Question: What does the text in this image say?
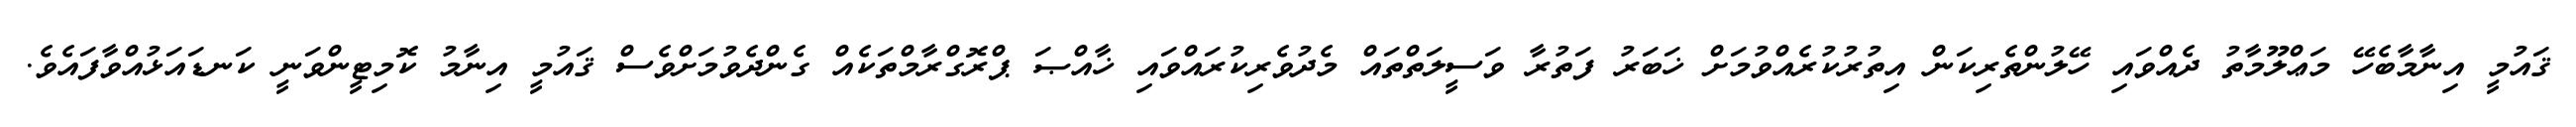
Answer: ޤައުމީ އިނާމާބެހޭ މަޢްލޫމާތު ދެއްވައި ހޭލުންތެރިކަން އިތުރުކުރެއްވުމަށް ޚަބަރު ފަތުރާ ވަސީލަތްތައް މެދުވެރިކުރައްވައި ޚާއްޞަ ޕްރޮގްރާމްތަކެއް ގެންދެވުމަށްވެސް ޤައުމީ އިނާމު ކޮމިޓީންވަނީ ކަނޑައަޅުއްވާފައެވެ.